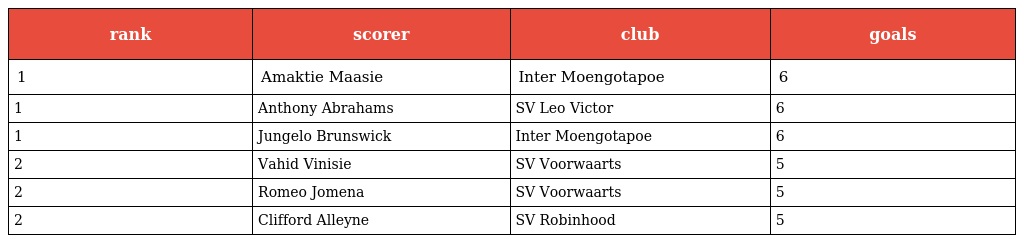
| rank | scorer | club | goals |
 | --- | --- | --- | --- |
 | 1 | Amaktie Maasie | Inter Moengotapoe | 6 |
 | 1 | Anthony Abrahams | SV Leo Victor | 6 |
 | 1 | Jungelo Brunswick | Inter Moengotapoe | 6 |
 | 2 | Vahid Vinisie | SV Voorwaarts | 5 |
 | 2 | Romeo Jomena | SV Voorwaarts | 5 |
 | 2 | Clifford Alleyne | SV Robinhood | 5 |